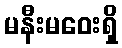
မနီးမဝေးရှိ